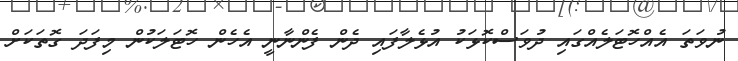
ނުވަތަ އެއްހޮޓަލެއްގައި ދުވަސްކޮޅަކު އުޅެލާފައި ދެން ފެންނާނީ އެހެން ހޮޓަލަކުން މިފަދަ ގޮތަކަށް